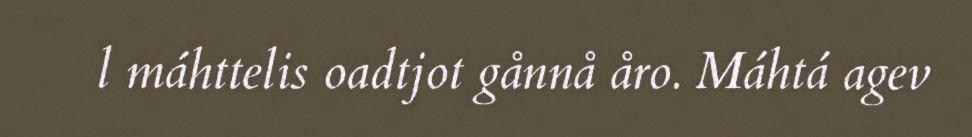
l máhttelis oadtjot gånnå åro. Máhtá agev